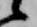
候